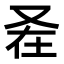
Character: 𭆩